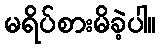
မရိပ်စားမိခဲ့ပါ။